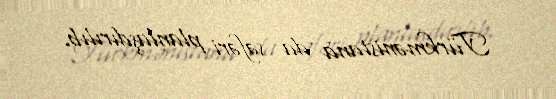
Türkmənistana da səfəri planlaşdırılıb.